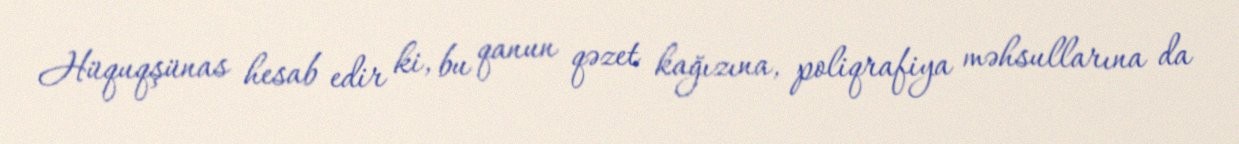
Hüquqşünas hesab edir ki, bu qanun qəzet kağızına, poliqrafiya məhsullarına da